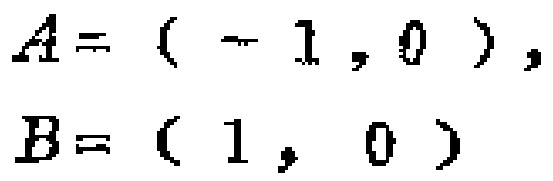
\(A = (-1, 0), B = (1, 0)\)